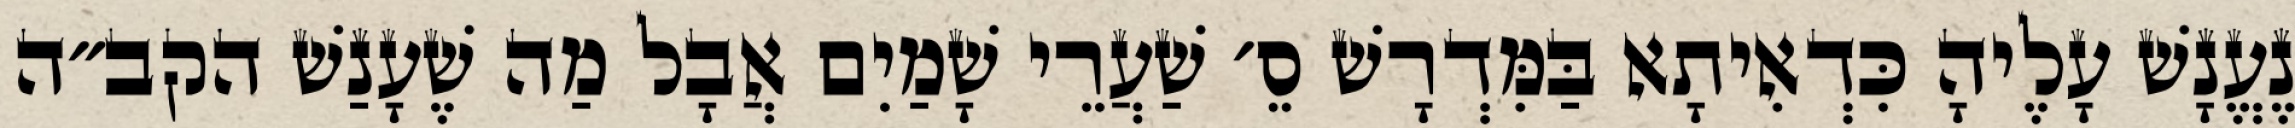
נֶעֱנָשׁ עָלֶיהָ כִּדְאִיתָא בַּמִּדְרָשׁ סֵ׳ שַׁעֲרֵי שָׁמַיִם אֲבָל מַה שֶׁעָנַשׁ הקב״ה